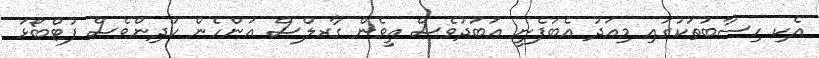
އެކި ހިސާބުތަކުގައި މިއަދު އެބަފެނީ އަބަދުވެސް އީވެން ގާރލްސް އަންހެން ކުދިންވެސް ފުޓްބޯޅަ